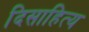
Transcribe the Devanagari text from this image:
दिसाहित्य